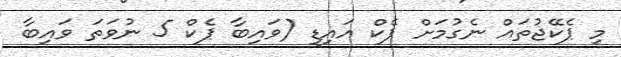
މި ޕެކޭޖުތައް ނެގުމަށް ޕެކް އައިޑީ (ވައިބާ ޕެކް 5 ނުވަތަ ވައިބާ